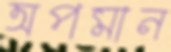
অপমান